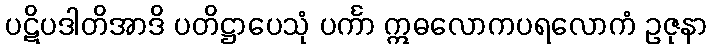
ပဋိပဒါတိအာဒိ ပတိဋ္ဌာပေသုံ ပင်္ကာ ဣဓလောကပရလောကံ ဥဇုနာ